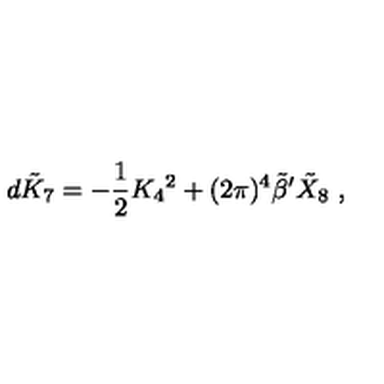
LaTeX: d \tilde { K } _ { 7 } = - { \frac { 1 } { 2 } } K _ { 4 } { } ^ { 2 } + ( 2 \pi ) ^ { 4 } { \tilde { \beta } } ^ { \prime } { \tilde { X } } _ { 8 } \ ,